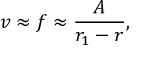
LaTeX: v \approx f \approx \frac { A } { r _ { 1 } - r } ,